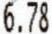
6.78